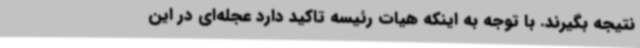
نتیجه بگیرند. با توجه به اینکه هیات رئیسه تاکید دارد عجله‌ای در این